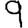
Digit: 9